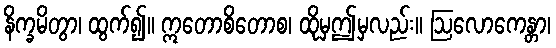
နိက္ခမိတွာ၊ ထွက်၍။ ဣတောစိတောစ၊ ထိုမှဤမှလည်း။ ဩလောကေန္တာ၊